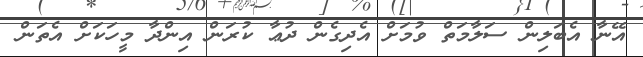
އޭނާ އެބަލިން ސަލާމަތް ވުމަށް އެދިގެން ދުޢާ ކުރަން އިންދާ މީހަކަށް އެތަން